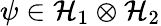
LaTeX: \psi\in{\mathcal{H}}_{1}\otimes{\mathcal{H}}_{2}